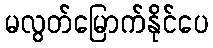
မလွတ်မြောက်နိုင်ပေ